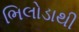
ભિલોડાથી